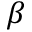
\beta